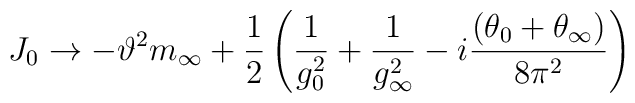
J_0 \to -\vartheta^2 m_\infty  + \frac{1}{2} \left(    \frac{1}{g_0^2} + \frac{1}{g_\infty^2}  - i \frac{(\theta_0 + \theta_\infty)}{8 \pi^2} \right)